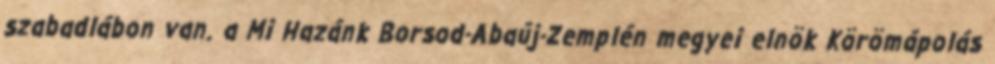
szabadlábon van. a Mi Hazánk Borsod-Abaúj-Zemplén megyei elnök Körömápolás